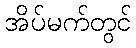
အိပ်မက်တွင်